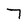
Character: 7